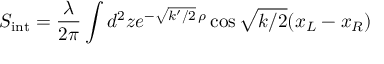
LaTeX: S _ { \mathrm { i n t } } = \frac { \lambda } { 2 \pi } \int d ^ { 2 } z e ^ { - \sqrt { k ^ { \prime } / 2 } \, \rho } \cos \sqrt { k / 2 } ( x _ { L } - x _ { R } )